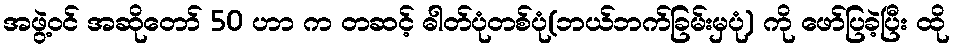
အဖွဲ့ဝင် အဆိုတော် 50 ဟာ က တဆင့် ဓါတ်ပုံတစ်ပုံ(ဘယ်ဘက်ခြမ်းမှပုံ) ကို ဖော်ပြခဲ့ပြီး ထို